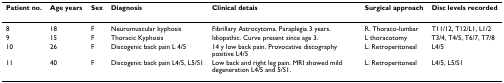
| Patient no. | Age years | Sex | Diagnosis | Clinical detais | Surgical approach | Disc levels recorded |
 | --- | --- | --- | --- | --- | --- | --- |
 | 8 | 18 | F | Neuromuscular kyphosis | Fibrillary Astrocytoma. Paraplegia 3 years. | R. Thoraco-lumbar | T11/12, T12/L1, L1/2 |
 | 9 | 15 | F | Thoracic Kyphosis | Idiopathic. Curve present since age 3. | L thoracotomy | T3/4, T4/5, T6/7, T7/8 |
 | 10 | 26 | F | Discogenic back pain L 4/5 | 14 y low back pain. Provocative discography positive L4/5 | L. Retroperitoneal | L4/5 |
 | 11 | 40 | F | Discogenic back pain L4/5, L5/S1 | Low back and right leg pain. MRI showed mild degeneration L4/5 and 5/S1. | L. Retroperitoneal | L4/5, L5/S1 |